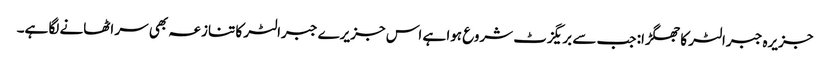
جزیرہ جبرالٹر کا جھگڑا: جب سے بریگزٹ شروع ہوا ہے اس جزیرے جبرالٹر کا تنازعہ بھی سر اٹھانے لگا ہے۔